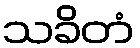
သခိတံ